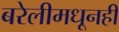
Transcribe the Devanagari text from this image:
बरेलीमधूनही